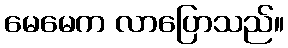
မေမေက လာပြောသည်။